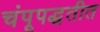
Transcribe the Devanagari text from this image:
चंपूपद्धतीत